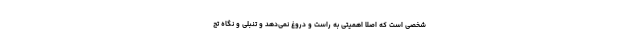
شخصی است که اصلاً اهمیتی به راست و دروغ نمی‌دهد و تنبلی و نگاه تح